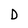
Character: D